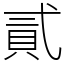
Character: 貳